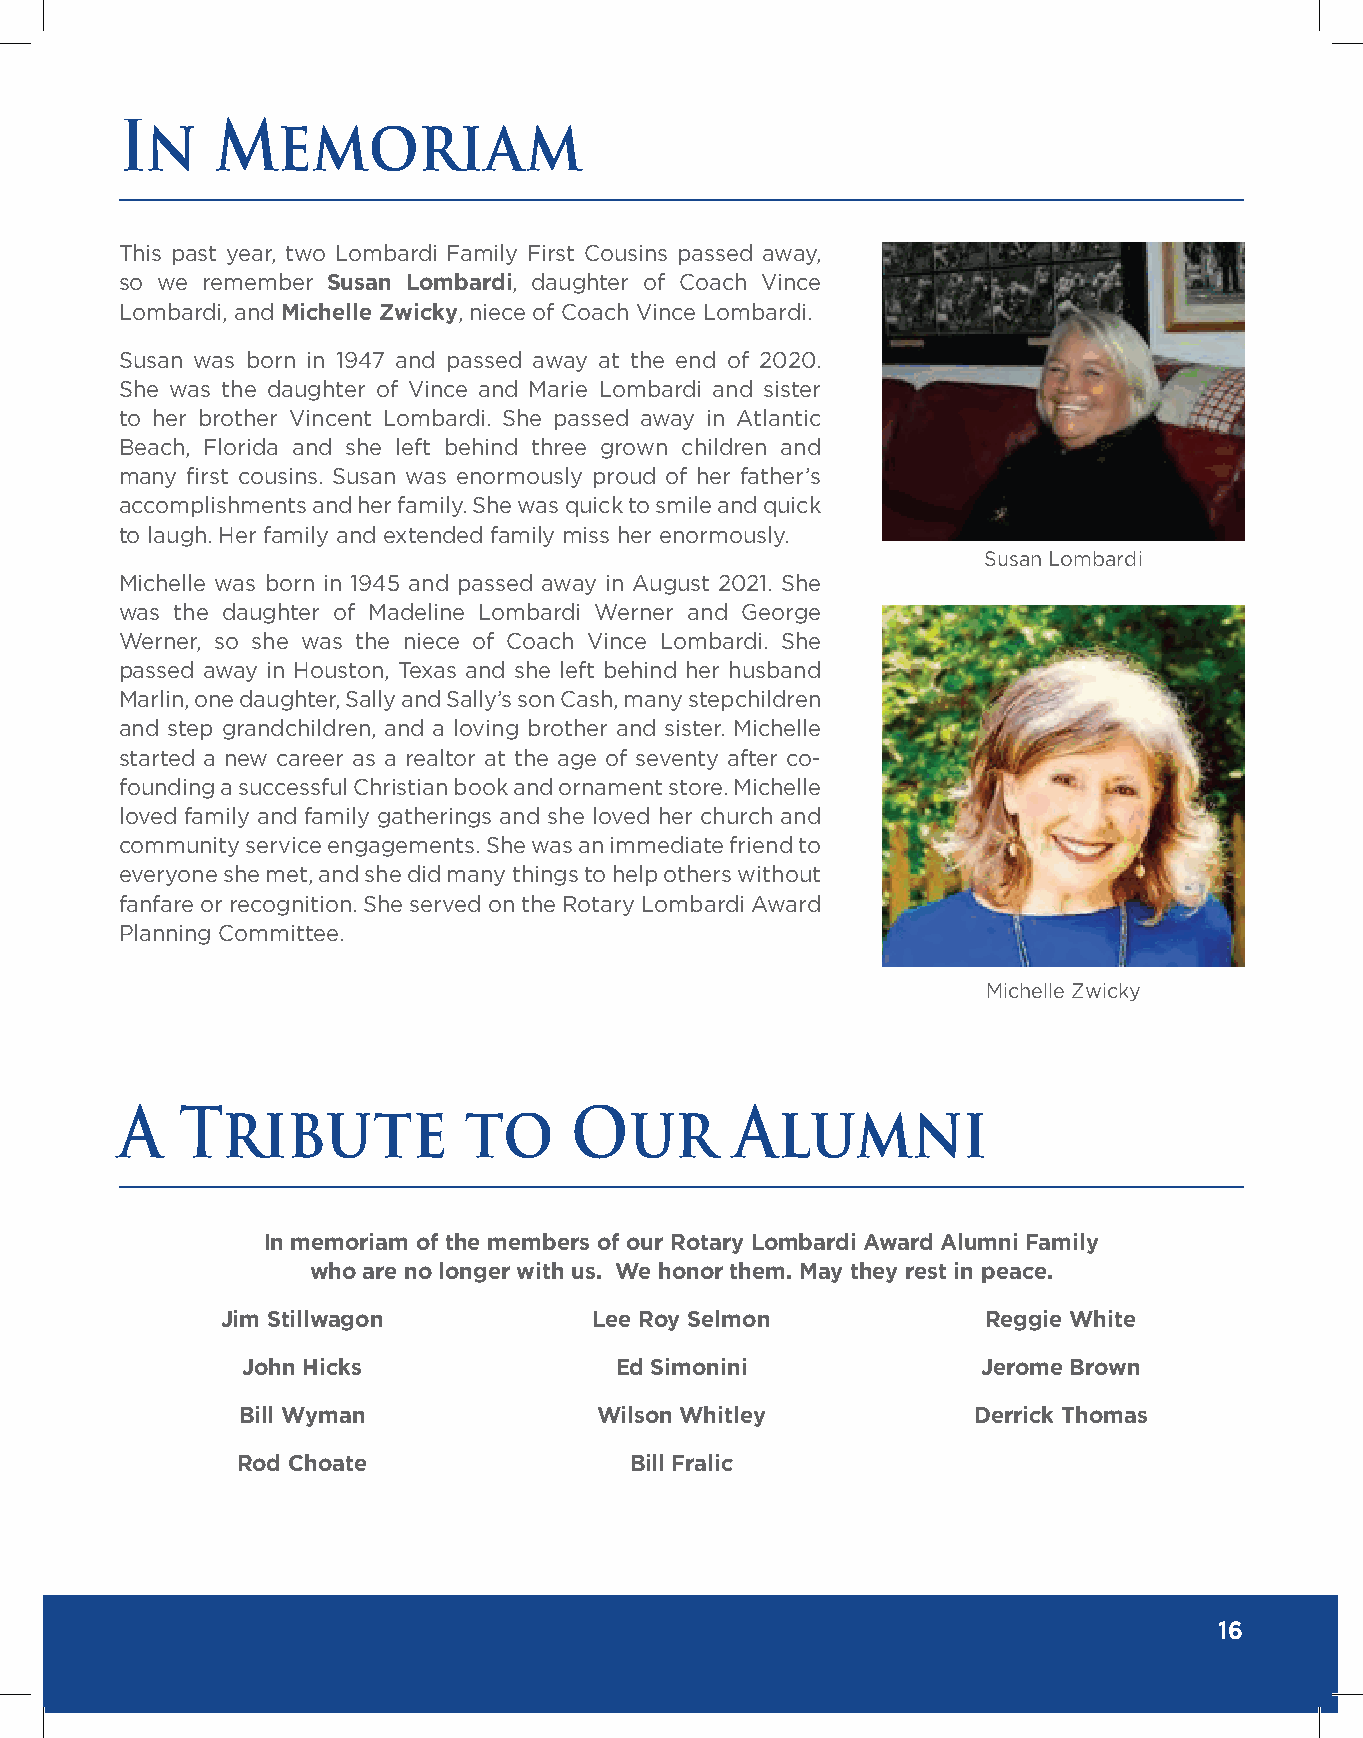
In    Memoriam
 This past year, two Lombardi Family First Cousins passed away,
 so we remember Susan Lombardi, daughter of Coach Vince
 Lombardi, and Michelle Zwicky, niece of Coach Vince Lombardi.
 Susan was born in 1947 and passed away at the end of 2020.
 She was the daughter of Vince and Marie Lombardi and sister
 to her brother Vincent Lombardi. She passed away in Atlantic
 Beach, Florida and she left behind three grown children and
 many first cousins. Susan was enormously proud of her father’s
 accomplishments and her family. She was quick to smile and quick
 to laugh. Her family and extended family miss her enormously.
 Susan Lombardi
 Michelle was born in 1945 and passed away in August 2021. She
 was the daughter of Madeline Lombardi Werner and George
 Werner, so she was the niece of Coach Vince Lombardi. She
 passed away in Houston, Texas and she left behind her husband
 Marlin, one daughter, Sally and Sally’s son Cash, many stepchildren
 and step grandchildren, and a loving brother and sister. Michelle
 started a new career as a realtor at the age of seventy after co-
 founding a successful Christian book and ornament store. Michelle
 loved family and family gatherings and she loved her church and
 community service engagements. She was an immediate friend to
 everyone she met, and she did many things to help others without
 fanfare or recognition. She served on the Rotary Lombardi Award
 Planning Committee.
 Michelle Zwicky
 A   Tribute            to     Our        Alumni
 In memoriam of the members of our Rotary Lombardi Award Alumni Family
 who are no longer with us. We honor them. May they rest in peace.
 Jim Stillwagon          Lee Roy Selmon            Reggie White
 John Hicks               Ed Simonini             Jerome Brown
 Bill Wyman              Wilson Whitley          Derrick Thomas
 Rod Choate                Bill Fralic
 16